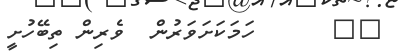
٥١      ހަމަކަށަވަރުން  ވެރިން ތިބޭހުށީ